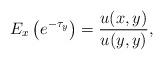
LaTeX: \begin{align*}E_x\left(e^{-\tau_y}\right)=\frac{u(x,y)}{u(y,y)},\end{align*}